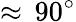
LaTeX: \approx\, 90^{\circ}